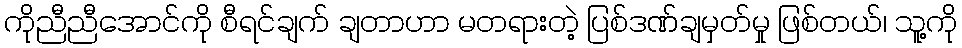
ကိုညီညီအောင်ကို စီရင်ချက် ချတာဟာ မတရားတဲ့ ပြစ်ဒဏ်ချမှတ်မှု ဖြစ်တယ်၊ သူ့ကို